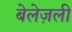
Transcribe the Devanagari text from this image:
बेलेज़ली